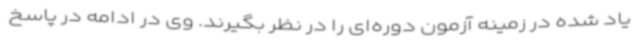
یاد شده در زمینه آزمون دوره‌ای را در نظر بگیرند. وی در ادامه در پاسخ